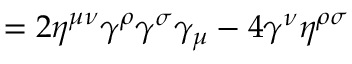
= 2 \eta ^ { \mu \nu } \gamma ^ { \rho } \gamma ^ { \sigma } \gamma _ { \mu } - 4 \gamma ^ { \nu } \eta ^ { \rho \sigma }